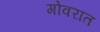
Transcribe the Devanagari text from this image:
गोवरात